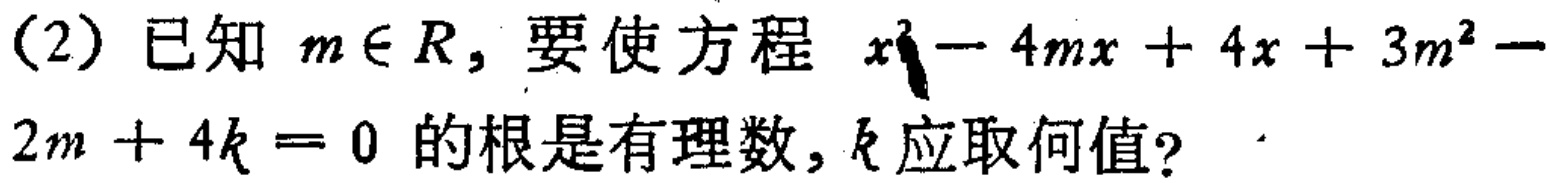
(2) 已知 \(m\in R\)，要使方程 \(x^{2}-4mx + 4x+3m^{2}-2m + 4k = 0\) 的根是有理数，\(k\) 应取何值？